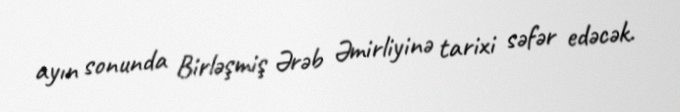
ayın sonunda Birləşmiş Ərəb Əmirliyinə tarixi səfər edəcək.